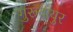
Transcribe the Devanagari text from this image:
गुरूवायुर